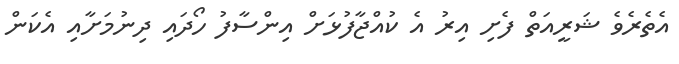
އެތެރެވެ ޝަރީއަތް ފެށި އިރު އެ ކުއްޖާފުޅަށް އިންސާފު ހޯދައި ދިނުމަށާއި އެކަން